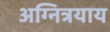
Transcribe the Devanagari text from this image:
अग्नित्रयाय